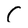
Character: C